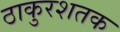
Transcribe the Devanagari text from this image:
ठाकुरशतक